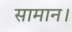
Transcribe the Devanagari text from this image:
सामान।